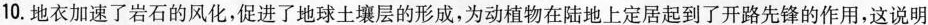
10.地衣加速了岩石的风化，促进了地球土壤层的形成，为动植物在陆地上定居起到了开路先锋的作用，这说明